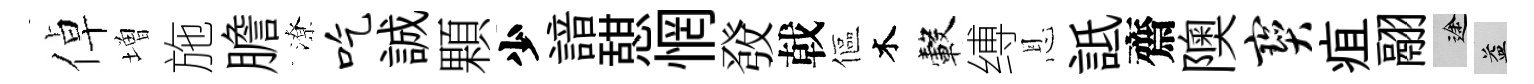
倬増施膽潦吃誠顆少諳憇惘𤼲戟傴木轂缚恩詆齋隩宝疽翮途益